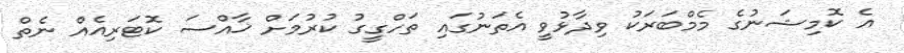
އެ ކޮމިޝަނުގެ މެމްބަރަކު ވިދާޅުވީ އެތަނުގައި ތަހްގީގު ކުރުމަށް ޚާއްސަ ކޮޓަރިއެއް ނެތް